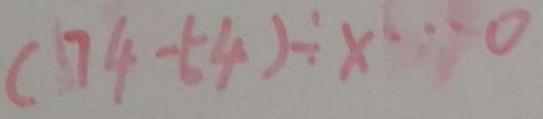
( 7 4 - 5 4 ) \div x \cdots 0